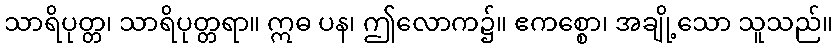
သာရိပုတ္တ၊ သာရိပုတ္တရာ။ ဣဓ ပန၊ ဤလောက၌။ ဧကစ္စော၊ အချို့သော သူသည်။